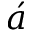
\acute { a }